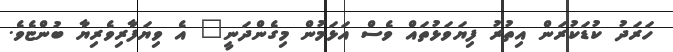
ހަރަދު ކުޑަކުރަން އިތުރު ފިޔަވަޅުތައް ވެސް އަޅަމުން މިގެންދަނީ" އެ ވިޔަފާރިވެރިޔާ ބުންޏެވެ.